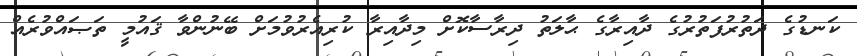
ކަނޑުގެ ދަތުރުފަތުރުގެ ދާއިރާގެ ޙާލަތު ދިރާސާކޮށް މިދާއިރާ ކުރިއެރުވުމަށް ބޭނުންވާ ޤައުމީ ތަޞައްވުރެއް